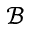
\mathcal { B }